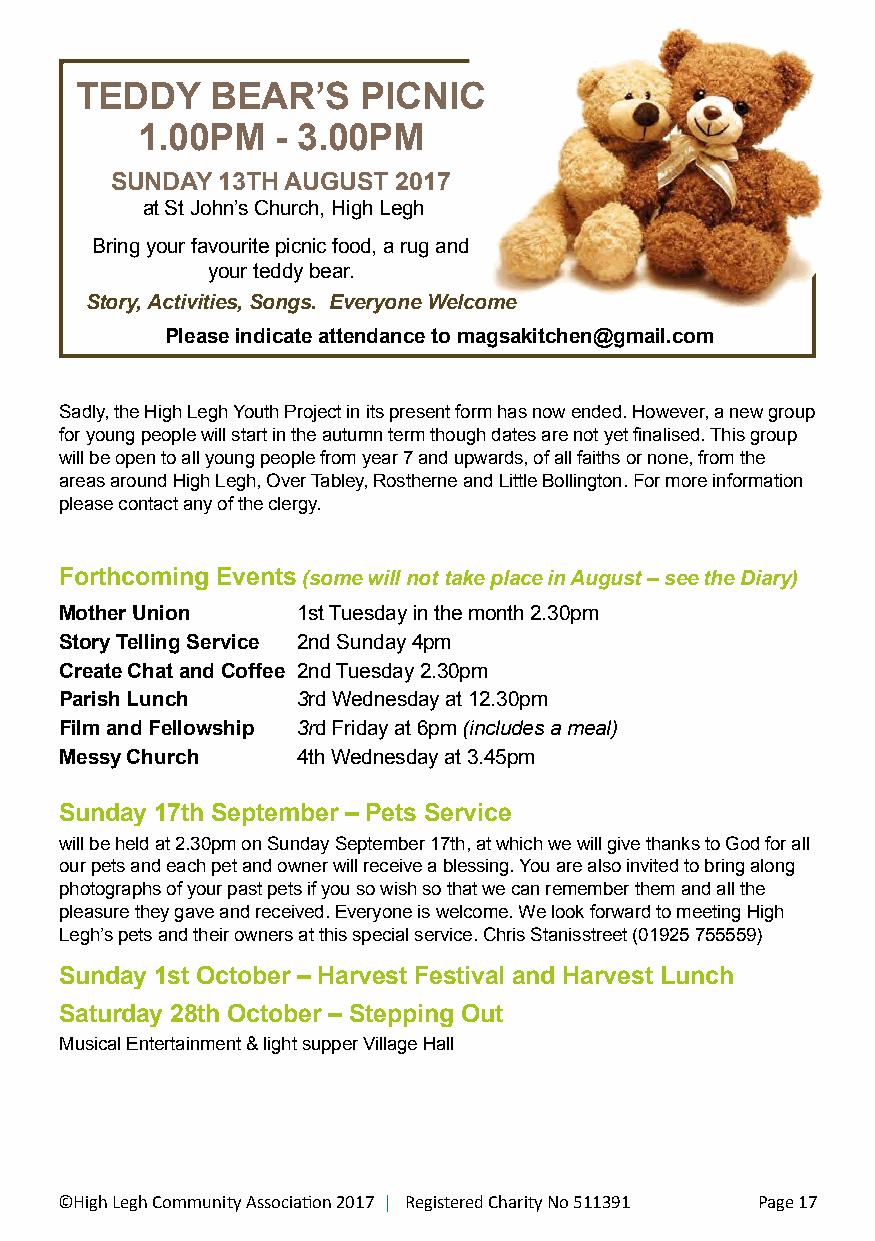
TEDDY    BEAR’S    PICNIC
 1.00PM   - 3.00PM
 SUNDAY  13TH AUGUST 2017
 at St John’s Church, High Legh
 Bring your favourite picnic food, a rug and
 your teddy bear.
 Story, Activities, Songs. Everyone Welcome
 Please indicate attendance to magsakitchen@gmail.com
 Sadly, the High Legh Youth Project in its present form has now ended. However, a new group
 for young people will start in the autumn term though dates are not yet finalised. This group
 will be open to all young people from year 7 and upwards, of all faiths or none, from the
 areas around High Legh, Over Tabley, Rostherne and Little Bollington. For more information
 please contact any of the clergy.
 Forthcoming Events (some will not take place in August – see the Diary)
 Mother Union    1st Tuesday in the month 2.30pm
 Story Telling Service 2nd Sunday 4pm
 Create Chat and Coffee 2nd Tuesday 2.30pm
 Parish Lunch    3rd Wednesday at 12.30pm
 Film and Fellowship 3rd Friday at 6pm (includes a meal)
 Messy Church    4th Wednesday at 3.45pm
 Sunday 17th September – Pets Service
 will be held at 2.30pm on Sunday September 17th, at which we will give thanks to God for all
 our pets and each pet and owner will receive a blessing. You are also invited to bring along
 photographs of your past pets if you so wish so that we can remember them and all the
 pleasure they gave and received. Everyone is welcome. We look forward to meeting High
 Legh’s pets and their owners at this special service. Chris Stanisstreet (01925 755559)
 Sunday 1st October – Harvest Festival and Harvest Lunch
 Saturday 28th October – Stepping Out
 Musical Entertainment & light supper Village Hall
 ©High Legh Community Association 2017 | Registered Charity No 511391 Page 17